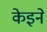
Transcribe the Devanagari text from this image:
केइने